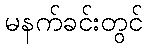
မနက်ခင်းတွင်